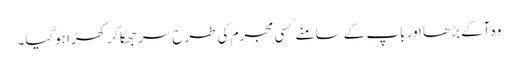
وہ آگے بڑھا اور باپ کے سامنے کسی مجرم کی طرح سر جھکا کر کھڑا ہوگیا۔